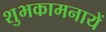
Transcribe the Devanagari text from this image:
शुभकामनायें